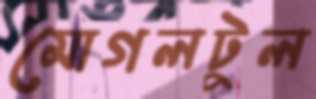
মোগলটুল